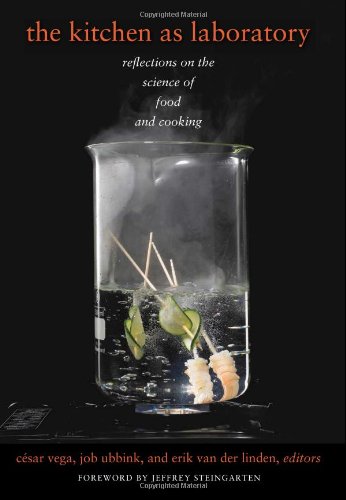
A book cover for The Kitchen as Laboratory: Reflections on the Science of Food and Cooking (Arts and Traditions of the Table: Perspectives on Culinary History); Science & Math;